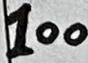
Text: 100